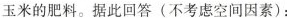
玉米的肥料。据此回答(不考虑空间因素)：